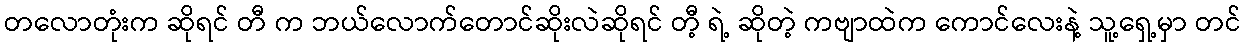
တလောတုံးက ဆိုရင် တီ က ဘယ်လောက်တောင်ဆိုးလဲဆိုရင် တီ့ ရဲ့ ဆိုတဲ့ ကဗျာထဲက ကောင်လေးနဲ့ သူ့ရှေ့မှာ တင်